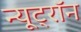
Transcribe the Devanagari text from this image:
न्यूट्राॅन